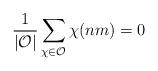
LaTeX: \begin{align*} \frac{1}{|\mathcal{O}|} \sum_{\chi\in \mathcal{O}} \chi(nm) = 0 \end{align*}